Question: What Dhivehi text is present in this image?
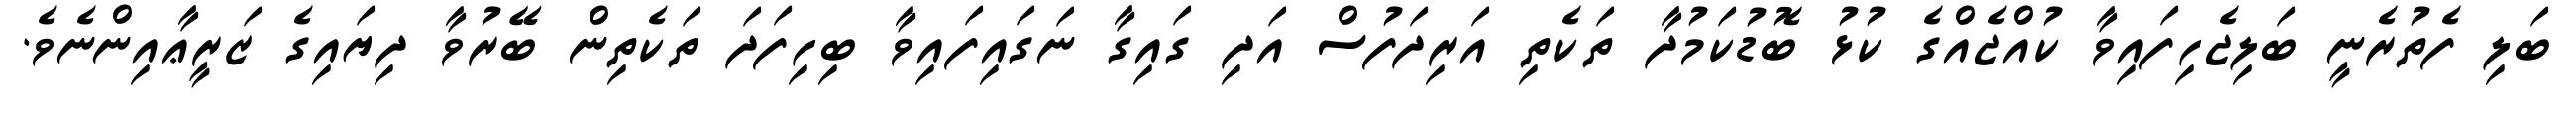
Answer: ބަލި ފެތުރެނީ ބަލިޖެހިފައިވާ ކުއްޖެއްގެ ކުޅު ބޮޑުކަމުދާ ތަކެތި އަރިދަފުސް އަދި ގައިގާ ނަގައިފައިވާ ބިހިފަދަ ތަކެތިން ބޭރުވާ ދިޔައިގެ ޒަރީޢާއިންނެވެ.